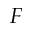
F